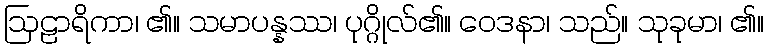
ဩဠာရိကာ၊ ၏။ သမာပန္နဿ၊ ပုဂ္ဂိုလ်၏။ ဝေဒနာ၊ သည်။ သုခုမာ၊ ၏။